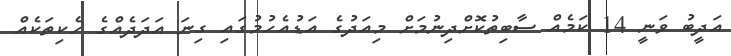
އަދީބު ވަނީ 14 ކަމެއް ސާބިތުކޮށްދިނުމަށް މިއަދުގެ އަޑުއެހުމުގައި ގިނަ އަދަދެއްގެ ހެކިތަކެއް